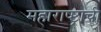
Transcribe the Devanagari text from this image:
महाराष्ष्ट्राची